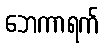
ဘေကာရက်